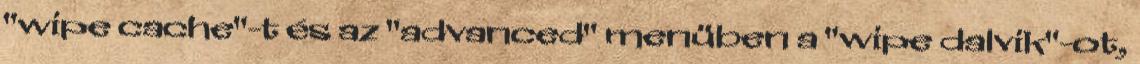
"wipe cache"-t és az "advanced" menüben a "wipe dalvik"-ot,